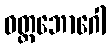
ဝတ္ထဘောဂေါ